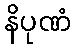
နိပုဏံ